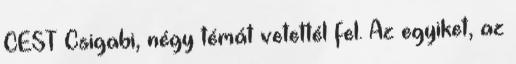
CEST Csigabi, négy témát vetettél fel. Az egyiket, az